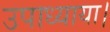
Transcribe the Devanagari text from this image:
उपाध्याया।